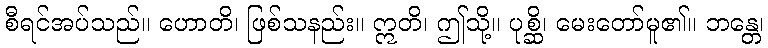
စီရင်အပ်သည်။ ဟောတိ၊ ဖြစ်သနည်း။ ဣတိ၊ ဤသို့။ ပုစ္ဆိ၊ မေးတော်မူ၏။ ဘန္တေ၊